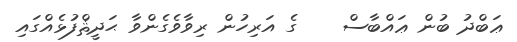
ޢަބްދު ބުން ޢައްބާސް    ގެ އަރިހުން ރިވާވެގެންވާ ޙަދީޘްފުޅެއްގައި